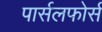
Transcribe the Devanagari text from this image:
पार्सलफोर्स